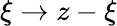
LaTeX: \xi\rightarrow z-\xi